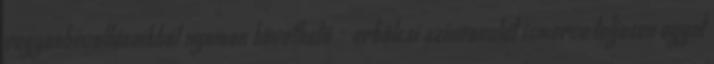
vagyonbevallásaikból nyomon követhető - erkölcsi színvonalát ismerve teljesen egyet